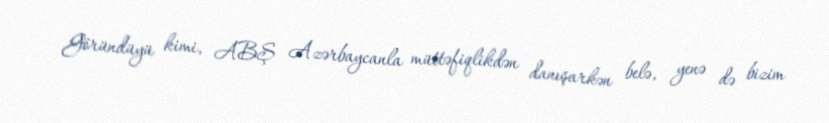
Göründüyü kimi, ABŞ Azərbaycanla müttəfiqlikdən danışarkən belə, yenə də bizim